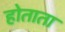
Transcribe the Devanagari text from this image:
होताता